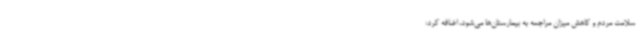
سلامت مردم و کاهش میزان مراجعه به بیمارستان‌ها می‌شود، اضافه کرد: